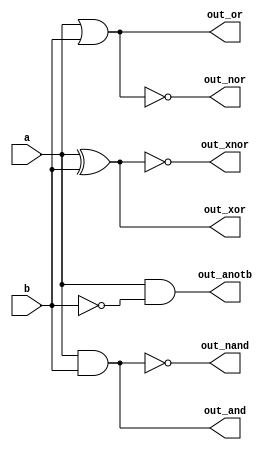
//Ok, let's try building several logic gates at the same time. Build a combinational circuit with two inputs, a and b.
//
//There are 7 outputs, each with a logic gate driving it:
//
//out_and: a and b
//out_or: a or b
//out_xor: a xor b
//out_nand: a nand b
//out_nor: a nor b
//out_xnor: a xnor b
//out_anotb: a and-not b

//Expected solution length: Around 7 lines.

module top_module( 
    input a, b,
    output out_and,
    output out_or,
    output out_xor,
    output out_nand,
    output out_nor,
    output out_xnor,
    output out_anotb
);

    assign out_and = a & b;
    assign out_or = a | b;
    assign out_xor = a ^ b;
    assign out_nand = ~(a & b);
    assign out_nor = ~(a | b);
    assign out_xnor = ~(a ^ b);
    assign out_anotb = a & (~b);

endmodule